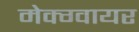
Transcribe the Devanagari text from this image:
मेक्ग्वायर